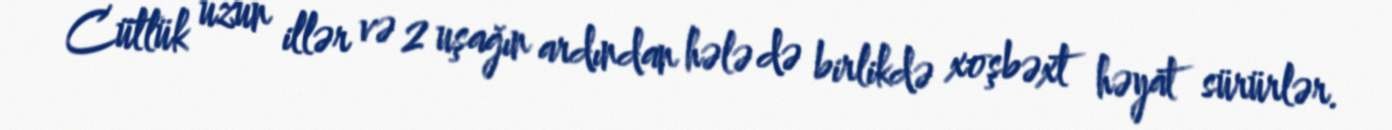
Cütlük uzun illər və 2 uşağın ardından hələ də birlikdə xoşbəxt həyat sürürlər.